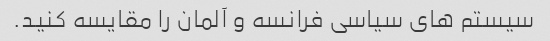
سیستم های سیاسی فرانسه و آلمان را مقایسه کنید.